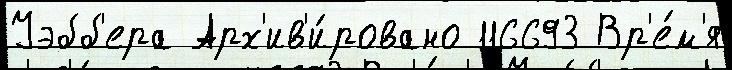
Уэбб'ера Арх'ив'и́ровано 116693 Вр'е́м'я